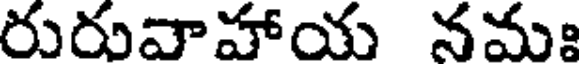
రురువాహాయ నమః